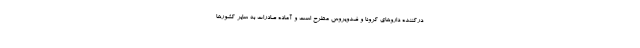
درکننده داروهای کرونا و ضدویروس مطرح است و آماده صادرات به سایر کشورها